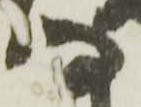
な